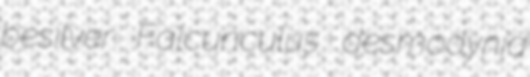
besilver Falcunculus desmodynia